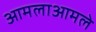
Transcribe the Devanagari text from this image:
आमलाआमले